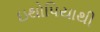
ઇથોપિયાથી